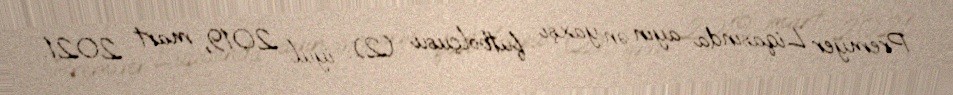
Premyer Liqasında ayın ən yaxşı futbolçusu (2): iyul 2019, mart 2021.